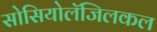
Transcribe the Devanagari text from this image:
सोसियोलॅजिलकल